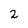
Character: 2